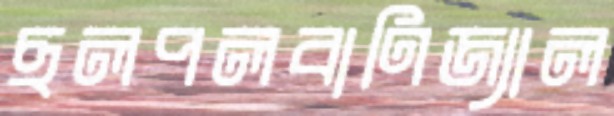
ছলপলবাণিজ্যাল